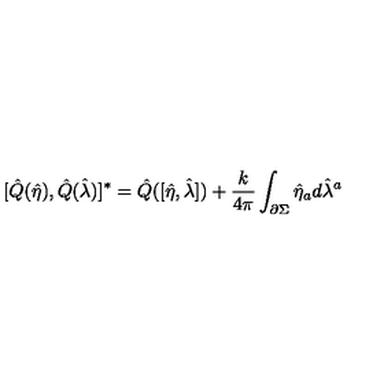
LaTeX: [ \hat { Q } ( \hat { \eta } ) , \hat { Q } ( \hat { \lambda } ) ] ^ { * } = \hat { Q } ( [ \hat { \eta } , \hat { \lambda } ] ) + { \frac { k } { 4 \pi } } \int _ { \partial \Sigma } \hat { \eta } _ { a } d \hat { \lambda } ^ { a }